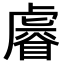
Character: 𧇩